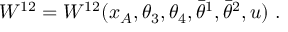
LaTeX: W ^ { 1 2 } = W ^ { 1 2 } ( x _ { A } , \theta _ { 3 } , \theta _ { 4 } , \bar { \theta } ^ { 1 } , \bar { \theta } ^ { 2 } , u ) \; .